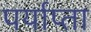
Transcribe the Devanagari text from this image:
पर्याप्ता